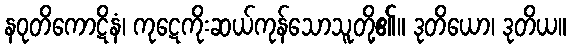
နဝုတိကောဋိနံ၊ ကုဋေကိုးဆယ်ကုန်သောသူတို့၏။ ဒုတိယော၊ ဒုတိယ။